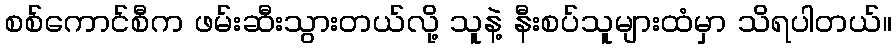
စစ်ကောင်စီက ဖမ်းဆီးသွားတယ်လို့ သူနဲ့ နီးစပ်သူများထံမှာ သိရပါတယ်။